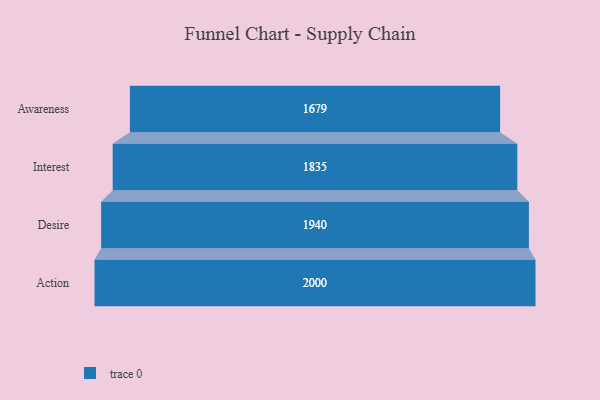
{"axis": {"x": "Stage", "y": "Value"}, "legend": [""], "data": [{"x": "Awareness", "y": 1679.0, "type": ""}, {"x": "Interest", "y": 1835.0, "type": ""}, {"x": "Desire", "y": 1940.0, "type": ""}, {"x": "Action", "y": 2000, "type": ""}]}